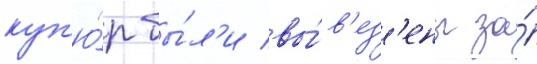
куп'ю́р бы́л'и вы́в'ез'ены за́